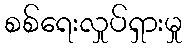
စစ်ရေးလှုပ်ရှားမှု